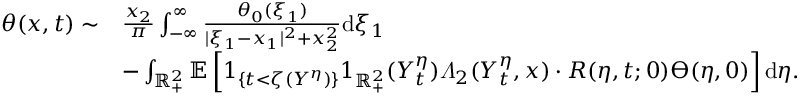
\begin{array} { r l } { \theta ( x , t ) \sim } & { \frac { x _ { 2 } } { \pi } \int _ { - \infty } ^ { \infty } \frac { \theta _ { 0 } ( \xi _ { 1 } ) } { | \xi _ { 1 } - x _ { 1 } | ^ { 2 } + x _ { 2 } ^ { 2 } } \mathrm { d } \xi _ { 1 } } \\ & { - \int _ { \mathbb { R } _ { + } ^ { 2 } } \mathbb { E } \left[ 1 _ { \{ t < \zeta ( Y ^ { \eta } ) \} } 1 _ { \mathbb { R } _ { + } ^ { 2 } } ( Y _ { t } ^ { \eta } ) \varLambda _ { 2 } ( Y _ { t } ^ { \eta } , x ) \cdot R ( \eta , t ; 0 ) \varTheta ( \eta , 0 ) \right] \mathrm { d } \eta . } \end{array}